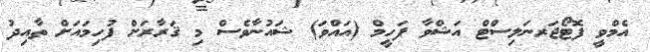
އެމްވީ ފޮޓޯޖަރނަލިސްޓް އަޝްވާ ފަހީމް (އައްވަ) ޝައުނާވެސް މި ޤަރާރަށް ފުހިމައަށް ތާއިދު